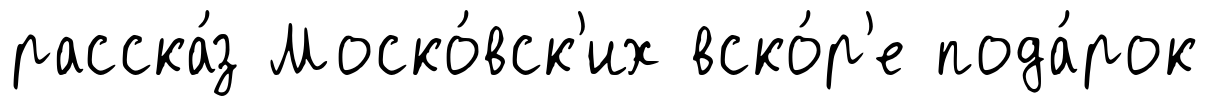
расска́з Моско́вск'их вско́р'е пода́рок